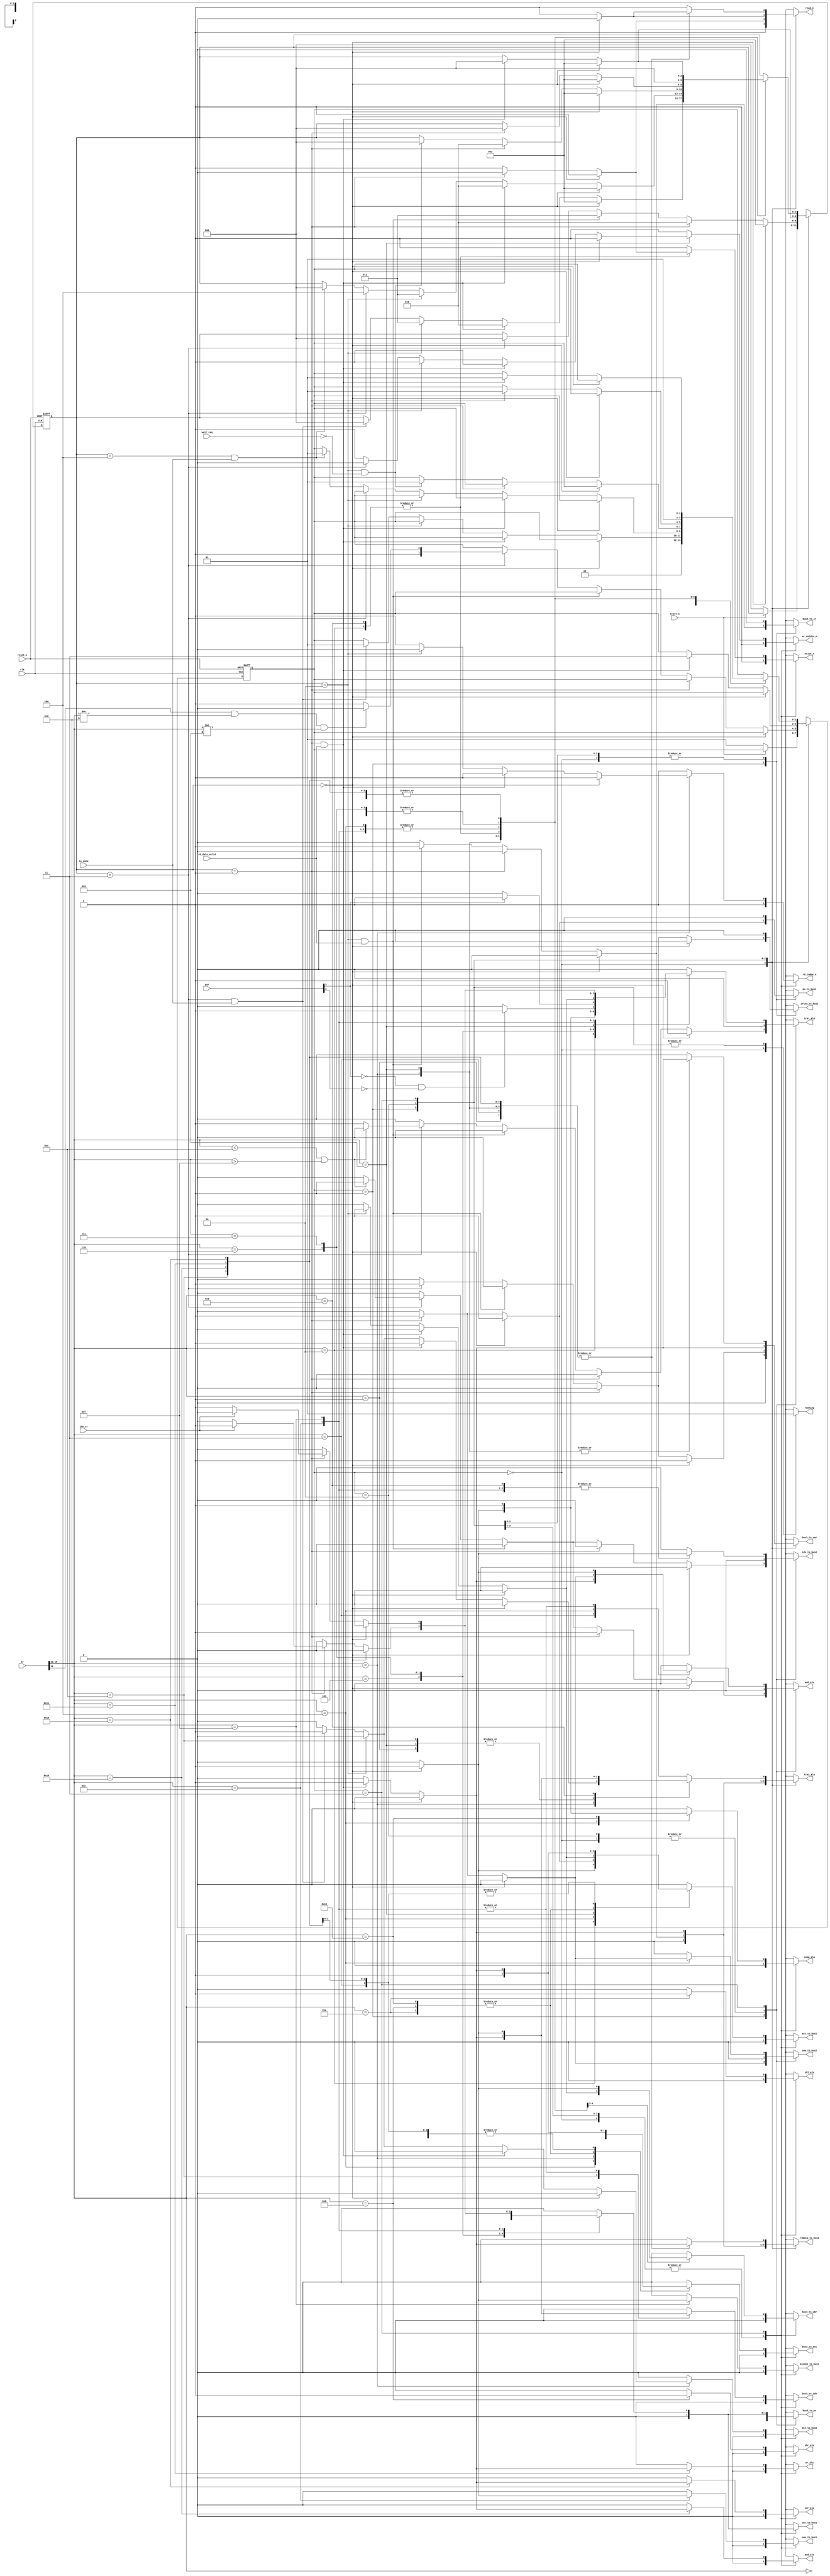
/// ==============================================================================
/// ARSC (A Relatively Simple Computer) License
/// ==============================================================================
/// 
/// ARSC is distributed under the following BSD-style license:
/// 
/// Copyright (c) 2016-2017 Dzanan Bajgoric
/// All rights reserved.
/// 
/// Redistribution and use in source and binary forms, with or without modification,
/// are permitted provided that the following conditions are met:
/// 
/// 1. Redistributions of source code must retain the above copyright notice, this
///    list of conditions and the following disclaimer.
/// 
/// 2. Redistributions in binary form must reproduce the above copyright notice, this
///    list of conditions and the following disclaimer in the documentation and/or other
///    materials provided with the distribution.
/// 
/// 3. The name of the author may not be used to endorse or promote products derived from
///    this product without specific prior written permission from the author.
/// 
/// 4. Products derived from this product may not be called "ARSC" nor may "ARSC" appear
///    in their names without specific prior written permission from the author.
/// 
/// THIS PRODUCT IS PROVIDED ``AS IS'' AND ANY EXPRESS OR IMPLIED WARRANTIES, INCLUDING,
/// BUT NOT LIMITED TO, THE IMPLIED WARRANTIES OF MERCHANTABILITY AND FITNESS FOR A PARTICULAR
/// PURPOSE ARE DISCLAIMED. IN NO EVENT SHALL THE AUTHOR BE LIABLE FOR ANY DIRECT, INDIRECT,
/// INCIDENTAL, SPECIAL, EXEMPLARY, OR CONSEQUENTIAL DAMAGES (INCLUDING, BUT NOT LIMITED TO
/// PROCUREMENT OF SUBSTITUTE GOODS OR SERVICES; LOSS OF USE, DATA, OR PROFITS; OR BUSINESS
/// INTERRUPTION) HOWEVER CAUSED AND ON ANY THEORY OF LIABILITY, WHETHER IN CONTRACT, STRICT
/// LIABILITY, OR TORT (INCLUDING NEGLIGENCE OR OTHERWISE) ARISING IN ANY WAY OUT OF THE USE
/// OF THIS PRODUCT, EVEN IF ADVISED OF THE POSSIBILITY OF SUCH DAMAGE.
///
///
/// ARSC HARDWIRED CONTROL UNIT
///
/// ARSC CPU is a 16-bit machine whose instruction has the following format:
///      opcode     indirect/IO device bit   index register          address
/// 15 14 13 12 11           10                   9 8           7 6 5 4 3 2 1 0
///
/// In IDLE state, HCU doesn't perform any actions. FETCH, DEFER and EXECUTE
/// states correspond to major cycles of the ARSC CPU. Once start_n signal becomes
/// active (low), HCU moves to FETCH state and reads the instruction whose address
/// is stored in PC. The indexed addressing operation (for instructions that support
/// it) is performed at the end of fetch.
///
/// For all one-address instructions except RWD and WWD, 10th bit of the instruction
/// is an indirect bit. In case of indirect addressing this bit is enabled which
/// causes the HCU moves to DEFER state in which the actual address is read from
/// the memory. Finally, HCU moves to EXECUTE state in which (for most instructions)
/// the arithmetic/logic operations are carried out.
///
/// In case of RWD and WWD instructions, 10th bit is the identifier of the input and
/// output device, respectively. This means that ARSC supports two input and two
/// output devices, with IDs 0 and 1.
///
/// HCU has a variable length major cycle to support memory with different read/write
/// access times. HCU will wait a number of clock cycles after a read or write is
/// issued, and will proceed only when RAM controller informs it that the memory op
/// was completed. HCU divides major cycle into variable number of phases to be able
/// to track the current operation within one major cycle. Each phase may take one or
/// more clock cycles.
///
/// PSR = [carry, negative, zero, overflow, interrupt]
module arsc_hcu
#(
    parameter N = 16                /// Bus width
)
(
    /// Input signals
    input wire clk, reset_n,
    input wire start_n,				         /// Starts the control unit (and entire CPU)
    input wire idx_zr,              /// Is selected index register zero?
    input wire [N-1:0] ir,          /// IR register contents
    input wire [4:0] psr,           /// Processor status register contents
    input wire rd_data_valid,       /// Is requested memory word in MBR?
    input wire wait_req,            /// Is memory controller busy? (keeps MAR and MBR unmodified)
    input wire io_done,             /// Signalled once scheduled I/O operation has been completed
    
	output reg running,				         /// High if HCU is active (executing instructions)
	
    /// Outputs to ALU
    output reg add_alu,				         /// ALU add
    output reg comp_alu,            /// ALU 1's complement
    output reg shr_alu,             /// ALU shift right
    output reg shl_alu,             /// ALU shift left
    output reg and_alu,             /// ALU bit and
    output reg or_alu,              /// ALU bit or
    output reg xor_alu,             /// ALU bit xor
    output reg tra1_alu,            /// ALU transfer input 1 to output
    output reg tra2_alu,            /// ALU transfer input 2 to output
    
    /// Outputs to BUS structure
    output reg pc_to_bus1,         	/// Feed PC to BUS1
    output reg irlow_to_bus1,      	/// Feed IR[7:0] to BUS1 (upper 8 bits are zero-filled)
    output reg acc_to_bus1,        	/// Feed ACC to BUS1
    output reg uar_to_bus1,        	/// Feed UAR to BUS1
    output reg one_to_bus1,        	/// Feed constant 1 to BUS1
    output reg minone_to_bus1,     	/// Feed constant -1 to BUS1
    output reg one_to_bus2,        	/// Feed contant 1 to BUS2
    output reg idx_to_bus2,        	/// Feed selected index register to BUS2
    output reg rddata_to_bus2,     	/// Feed data read from memory to BUS2
    output reg dil_to_bus2,         /// Feed data input line to BUS2
    output reg bus3_to_uar,        	/// Feed BUS3 to UAR
    output reg bus3_to_pc,         	/// Feed BUS3 to PC
    output reg bus3_to_ir,         	/// Feed BUS3 to IR
    output reg bus3_to_acc,        	/// Feed BUS3 too ACC
    output reg bus3_to_ubr,        	/// Feed BUS3 to UBR
    output reg bus3_to_idx,        	/// Feed BUS3 to selected index register
    
    /// Outputs to memory
    output reg read_n,             	/// Triggers memory read op
    output reg write_n,            	/// Triggers mememory write op
    
    /// Outputs to I/O
    output reg rd_indev_n,          /// Triggers read from an input device
    output reg wr_outdev_n          /// Triggers write to an output device
);

    /// States of the HCU (fetch, defer and execute are major cycles)
    localparam [1:0]
        IDLE = 2'd0,
        FETCH = 2'd1,
        DEFER = 2'd2,
        EXECUTE = 2'd3;
    
    /// Phase refers to a substate within the current HCU state. Pair (state, phase)
    /// precicely defines the operations HCU will undertake in each clock cycle
    localparam [2:0]
        PHASE_0 = 3'd0,
        PHASE_1 = 3'd1,
        PHASE_2 = 3'd2,
        PHASE_3 = 3'd3,
		PHASE_4 = 3'd4;
        
    /// 5-bit opcodes for every instruction in the ARSC ISA
    localparam [4:0]
        HLT = 5'b00000,     /// Halts the execution
        LDA = 5'b00001,     /// Loads ACC with data from given memory address
        STA = 5'b00010,     /// Stores ACC to given memory address
        ADD = 5'b00011,     /// Adds ACC with data from memory address and writes back to ACC
        TCA = 5'b00100,     /// Calculates 2's complement of ACC and writes it to ACC
        BRU = 5'b00101,     /// Unconditionally branches to given memory address
        BIP = 5'b00110,     /// Branches if ACC > 0
        BIN = 5'b00111,     /// Branches if ACC < 0
        RWD = 5'b01000,     /// Reads a data word from input device to ACC
        WWD = 5'b01001,     /// Writes ACC to output device
        SHL = 5'b01010,     /// Left shifts ACC and writes back to ACC
        SHR = 5'b01011,     /// Right shifts ACC and writes back to ACC
        LDX = 5'b01100,     /// Loads given index register with data from memory address
        STX = 5'b01101,     /// Stores index register to given memory address
        TIX = 5'b01110,     /// Increments index register and branches if it is zero
        TDX = 5'b01111,     /// Decrements index register and branches if it is not zero
        AND = 5'b10000,     /// Bit AND between ACC and data from the address and writes result to ACC
        OR  = 5'b10001,     /// Bit OR between ACC and data from the address and writes result to ACC
        NOT = 5'b10010,     /// Bit negation of the ACC and result is written back to ACC
        XOR = 5'b10011;     /// Bit XOR between ACC and data from the address and writes result to ACC
    
    /// Macros for different PSR bits
    localparam [2:0]
        PSR_IN = 3'd0,
        PSR_OF = 3'd1,
        PSR_ZR = 3'd2,
        PSR_NG = 3'd3,
        PSR_CR = 3'd4;
        
    reg [1:0] state_reg, state_next;
    reg [2:0] phase_reg, phase_next;
    
    always @(posedge clk, negedge reset_n)
        if (~reset_n)
        begin
            state_reg <= IDLE;
            phase_reg <= PHASE_0;
        end
        else
        begin
            state_reg <= state_next;
            phase_reg <= phase_next;
        end
    
    /// HCU FSM
    always @*
    begin
        /// Defaults
        state_next = state_reg;
        phase_next = phase_reg;
        { add_alu, comp_alu, shr_alu, shl_alu, and_alu, or_alu, xor_alu, tra1_alu, tra2_alu } = 9'b0;
        { read_n, write_n } = 2'b11;
        { rd_indev_n, wr_outdev_n } = 2'b11;
        pc_to_bus1 = 1'b0;
        bus3_to_uar = 1'b0;
        one_to_bus2 = 1'b0;
        bus3_to_pc = 1'b0;
        bus3_to_ir = 1'b0;
        irlow_to_bus1 = 1'b0;
        idx_to_bus2 = 1'b0;
        bus3_to_acc = 1'b0;
        acc_to_bus1 = 1'b0;
        bus3_to_ubr = 1'b0;
        uar_to_bus1 = 1'b0;
        bus3_to_idx = 1'b0;
        one_to_bus1 = 1'b0;
        minone_to_bus1 = 1'b0;
        rddata_to_bus2 = 1'b0;
        dil_to_bus2 = 1'b0;
		running = 1'b1;
        
        case (state_reg)
            /// While in IDLE state, HCU doesn't do any processing
            IDLE:
			begin
				running = 1'b0;
                if (~start_n)
                begin
                    state_next = FETCH;
                    phase_next = PHASE_0;
                end
			end
            
            /// FETCH state is dedicated to instruction fetching (includes memory
            /// read) and partical decoding
            FETCH:
                if (phase_reg == PHASE_0)
                begin
                    /// UAR <- PC
                    pc_to_bus1 = 1'b1;
                    bus3_to_uar = 1'b1;
                    tra1_alu = 1'b1;
                    phase_next = PHASE_1;
                end
                else if (phase_reg == PHASE_1)
                begin
                    /// PC <- PC + 1
                    pc_to_bus1 = 1'b1;
                    one_to_bus2 = 1'b1;
                    bus3_to_pc = 1'b1;
                    add_alu = 1'b1;
                    
                    /// Read memory
                    read_n = 1'b0;
                    phase_next = PHASE_2;
                end
                else if (phase_reg == PHASE_2 && rd_data_valid)
                begin
                    /// IR <- RD_DATA
                    rddata_to_bus2 = 1'b1;
                    bus3_to_ir = 1'b1;
                    tra2_alu = 1'b1;
                    phase_next = PHASE_3;
                end
                else if (phase_reg == PHASE_3)
                begin
                    /// Strictly speaking, PHASE 3 should be run for 1-address instructions only
                    /// (indexing is done here and decision to move to DEFER state is made). But,
                    /// if all unused instruction fields of 0-address instructions is set to zero
                    /// (bit[10] - indirect bit, bit[11:10] - index register), then running PHASE_3
                    /// for these instructions will have no effect. Also, note that instruction
                    /// bits (9, 8) are not checked - if they are zero (no indexing) then there
                    /// will be no selected index register and 16'b0 will be fed to the bus
                    if (ir[15:11] < LDX || ir[15:11] > TDX)
                    begin
                        /// UAR <- IR[7:0] + INDEX
                        irlow_to_bus1 = 1'b1;
                        idx_to_bus2 = 1'b1;
                        bus3_to_uar = 1'b1;
                        add_alu = 1'b1;
                    end
                    else
                    begin
                        /// UAR <- IR[7:0]
                        irlow_to_bus1 = 1'b1;
                        bus3_to_uar = 1'b1;
                        tra1_alu = 1'b1;
                    end
                    
                    /// If indirect addressing bit is set (bit[10]) and this is not an I/O instruction
                    /// go to DEFER, otherwise EXECUTE
                    state_next = (ir[10] && ir[15:11] != RWD && ir[15:11] != WWD) ? DEFER : EXECUTE;
                    phase_next = PHASE_0;
                end
            
            /// Read the actual address from the memory and write it to UAR (run only if
            /// indirect addressing bit is set)
            DEFER:
                if (phase_reg == PHASE_0)
                begin
                    /// Read memory
                    read_n = 1'b0;
                    phase_next = PHASE_1;
                end
                else if (phase_reg == PHASE_1 && rd_data_valid)
                begin
                    /// UAR <- RD_DATA
                    rddata_to_bus2 = 1'b1;
                    bus3_to_uar = 1'b1;
                    tra2_alu = 1'b1;
                    
                    state_next = EXECUTE;
                    phase_next = PHASE_0;
                end
                
            /// EXECUTE cycle performs the actual operation required by the instruction
            /// and is unique for each instruction
            EXECUTE:
                case (ir[15:11])
                    HLT:
                    begin
                        state_next = IDLE;
                    end
                        
                    LDA:
                        if (phase_reg == PHASE_0)
                        begin
                            /// Read memory
                            read_n = 1'b0;
                            phase_next = PHASE_1;
                        end
                        else if (phase_reg == PHASE_1 && rd_data_valid)
                        begin
                            /// ACC <- RD_DATA
                            rddata_to_bus2 = 1'b1;
                            bus3_to_acc = 1'b1;
                            tra2_alu = 1'b1;
                            
                            state_next = FETCH;
                            phase_next = PHASE_0;
                        end
                        
                    STA:
                        if (phase_reg == PHASE_0)
                        begin
                            /// UBR <- ACC
                            acc_to_bus1 = 1'b1;
                            bus3_to_ubr = 1'b1;
                            tra1_alu = 1'b1;
                            phase_next = PHASE_1;
                        end
                        else if (phase_reg == PHASE_1)
                        begin
                            /// Write memory
                            write_n = 1'b0;
                            phase_next = PHASE_2;
                        end
                        else if (phase_reg == PHASE_2 && ~wait_req)
                        begin
                            /// Memory written
                            state_next = FETCH;
                            phase_next = PHASE_0;
                        end
                        
                    ADD:
                        if (phase_reg == PHASE_0)
                        begin
                            /// Read memory
                            read_n = 1'b0;
                            phase_next = PHASE_1;
                        end
                        else if (phase_reg == PHASE_1 && rd_data_valid)
                        begin
                            /// ACC <- RD_DATA + ACC
                            acc_to_bus1 = 1'b1;
                            rddata_to_bus2 = 1'b1;
                            bus3_to_acc = 1'b1;
                            add_alu = 1'b1;
                            
                            state_next = FETCH;
                            phase_next = PHASE_0;
                        end
                    
                    TCA:
                        if (phase_reg == PHASE_0)
                        begin
                            /// ACC <- ACC'
                            acc_to_bus1 = 1'b1;
                            bus3_to_acc = 1'b1;
                            comp_alu = 1'b1;
                            phase_next = PHASE_1;
                        end
                        else if (phase_reg == PHASE_1)
                        begin
                            /// ACC <- ACC + 1 (ACC' + 1 => 2's complement)
                            acc_to_bus1 = 1'b1;
                            one_to_bus2 = 1'b1;
                            bus3_to_acc = 1'b1;
                            add_alu = 1'b1;
                            
                            state_next = FETCH;
                            phase_next = PHASE_0;
                        end
                            
                    BRU:
                    begin
                        /// PC <- UAR
                        uar_to_bus1 = 1'b1;
                        bus3_to_pc = 1'b1;
                        tra1_alu = 1'b1;
                        
                        state_next = FETCH;
                        phase_next = PHASE_0;
                    end
                    
                    BIP:
                    begin
                        state_next = FETCH;
                        phase_next = PHASE_0;
                        
                        if (~psr[PSR_NG] && ~psr[PSR_ZR])
                        begin
                            /// PC <- UAR
                            uar_to_bus1 = 1'b1;
                            bus3_to_pc = 1'b1;
                            tra1_alu = 1'b1;
                        end
                    end
                    
                    BIN:
                    begin
                        state_next = FETCH;
                        phase_next = PHASE_0;
                        
                        if (psr[PSR_NG])
                        begin
                            /// PC <- UAR
                            uar_to_bus1 = 1'b1;
                            bus3_to_pc = 1'b1;
                            tra1_alu = 1'b1;
                        end
                    end
                    
                    RWD:
						if (phase_reg == PHASE_0)
						begin
							/// Read the I/O address from the memory
							read_n = 1'b0;
                            phase_next = PHASE_1;
						end
						else if (phase_reg == PHASE_1 && rd_data_valid)
						begin
							/// UAR <- RD_DATA
							rddata_to_bus2 = 1'b1;
                            bus3_to_uar = 1'b1;
                            tra2_alu = 1'b1;
							phase_next = PHASE_2;
						end
                        else if (phase_reg == PHASE_2)
                        begin
                            /// Request data from an input device
                            rd_indev_n = 1'b0;
                            phase_next = PHASE_3;
                        end
                        else if (phase_reg == PHASE_3 && io_done)
                        begin
                            /// ACC <- DIL
                            dil_to_bus2 = 1'b1;
                            bus3_to_acc = 1'b1;
                            tra2_alu = 1'b1;
                            state_next = FETCH;
                            phase_next = PHASE_0;
                        end
                    
                    WWD:
						if (phase_reg == PHASE_0)
						begin
							/// Read the I/O address from the memory
							read_n = 1'b0;
                            phase_next = PHASE_1;
						end
						else if (phase_reg == PHASE_1 && rd_data_valid)
						begin
							/// UAR <- RD_DATA
							rddata_to_bus2 = 1'b1;
                            bus3_to_uar = 1'b1;
                            tra2_alu = 1'b1;
							phase_next = PHASE_2;
						end
                        else if (phase_reg == PHASE_2)
                        begin
                            /// UBR <- ACC
                            acc_to_bus1 = 1'b1;
                            bus3_to_ubr = 1'b1;
                            tra1_alu = 1'b1;
                            phase_next = PHASE_3;
                        end
                        else if (phase_reg == PHASE_3)
                        begin
                            /// Write data to an output device
                            wr_outdev_n = 1'b0;
                            phase_next = PHASE_4;
                        end
                        else if (phase_reg == PHASE_4 && io_done)
                        begin
                            /// Data written to an output device
                            state_next = FETCH;
                            phase_next = PHASE_0;
                        end
                    
                    SHL:
                    begin
                        /// ACC <- ACC << 1
                        acc_to_bus1 = 1'b1;
                        bus3_to_acc = 1'b1;
                        shl_alu = 1'b1;
                        
                        state_next = FETCH;
                        phase_next = PHASE_0;
                    end
                    
                    SHR:
                    begin
                        /// ACC <- ACC >> 1
                        acc_to_bus1 = 1'b1;
                        bus3_to_acc = 1'b1;
                        shr_alu = 1'b1;
                        
                        state_next = FETCH;
                        phase_next = PHASE_0;
                    end
                    
                    LDX:
                        if (phase_reg == PHASE_0)
                        begin
                            /// Read memory
                            read_n = 1'b0;
                            phase_next = PHASE_1;
                        end
                        else if (phase_reg == PHASE_1 && rd_data_valid)
                        begin
                            /// INDEX <- RD_DATA
                            rddata_to_bus2 = 1'b1;
                            bus3_to_idx = 1'b1;
                            tra2_alu = 1'b1;
                            
                            state_next = FETCH;
                            phase_next = PHASE_0;
                        end
                    
                    STX:
                        if (phase_reg == PHASE_0)
                        begin
                            /// UBR <- INDEX
                            idx_to_bus2 = 1'b1;
                            bus3_to_ubr = 1'b1;
                            tra2_alu = 1'b1;
                            phase_next = PHASE_1;
                        end
                        else if (phase_reg == PHASE_1)
                        begin
                            /// Write memory
                            write_n = 1'b0;
                            phase_next = PHASE_2;
                        end
                        else if (phase_reg == PHASE_2 && ~wait_req)
                        begin
                            /// Memory written
                            state_next = FETCH;
                            phase_next = PHASE_0;
                        end
                        
                    TIX:
                        if (phase_reg == PHASE_0)
                        begin
                            /// INDEX <- INDEX + 1
                            one_to_bus1 = 1'b1;
                            idx_to_bus2 = 1'b1;
                            bus3_to_idx = 1'b1;
                            add_alu = 1'b1;
                            phase_next = PHASE_1;
                        end
                        else if (phase_reg == PHASE_1)
                        begin
                            state_next = FETCH;
                            phase_next = PHASE_0;
                            
                            if (idx_zr)
                            begin
                                /// PC <- UAR
                                uar_to_bus1 = 1'b1;
                                bus3_to_pc = 1'b1;
                                tra1_alu = 1'b1;
                            end
                        end
                    
                    TDX:
                        if (phase_reg == PHASE_0)
                        begin
                            /// INDEX <- INDEX - 1
                            minone_to_bus1 = 1'b1;
                            idx_to_bus2 = 1'b1;
                            bus3_to_idx = 1'b1;
                            add_alu = 1'b1;
                            phase_next = PHASE_1;
                        end
                        else if (phase_reg == PHASE_1)
                        begin
                            state_next = FETCH;
                            phase_next = PHASE_0;
                            
                            if (~idx_zr)
                            begin
                                /// PC <- UAR
                                uar_to_bus1 = 1'b1;
                                bus3_to_pc = 1'b1;
                                tra1_alu = 1'b1;
                            end
                        end
                        
                    AND:
                        if (phase_reg == PHASE_0)
                        begin
                            /// Read memory
                            read_n = 1'b0;
                            phase_next = PHASE_1;
                        end
                        else if (phase_reg == PHASE_1 && rd_data_valid)
                        begin
                            /// ACC <- RD_DATA & ACC
                            acc_to_bus1 = 1'b1;
                            rddata_to_bus2 = 1'b1;
                            bus3_to_acc = 1'b1;
                            and_alu = 1'b1;
                            
                            state_next = FETCH;
                            phase_next = PHASE_0;
                        end
                    
                    OR:
                        if (phase_reg == PHASE_0)
                        begin
                            /// Read memory
                            read_n = 1'b0;
                            phase_next = PHASE_1;
                        end
                        else if (phase_reg == PHASE_1 && rd_data_valid)
                        begin
                            /// ACC <- RD_DATA | ACC
                            acc_to_bus1 = 1'b1;
                            rddata_to_bus2 = 1'b1;
                            bus3_to_acc = 1'b1;
                            or_alu = 1'b1;
                            
                            state_next = FETCH;
                            phase_next = PHASE_0;
                        end
                    
                    NOT:
                    begin
                        /// ACC <- ~ACC
                        acc_to_bus1 = 1'b1;
                        bus3_to_acc = 1'b1;
                        comp_alu = 1'b1;
                        
                        state_next = FETCH;
                        phase_next = PHASE_0;
                    end
                                        
                    XOR:
                        if (phase_reg == PHASE_0)
                        begin
                            /// Read memory
                            read_n = 1'b0;
                            phase_next = PHASE_1;
                        end
                        else if (phase_reg == PHASE_1 && rd_data_valid)
                        begin
                            /// ACC <- RD_DATA xor ACC
                            acc_to_bus1 = 1'b1;
                            rddata_to_bus2 = 1'b1;
                            bus3_to_acc = 1'b1;
                            xor_alu = 1'b1;
                            
                            state_next = FETCH;
                            phase_next = PHASE_0;
                        end
                        
                endcase
        endcase
    end
endmodule